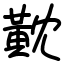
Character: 黆